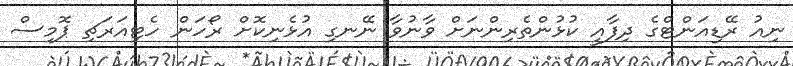
ނިއު ރޭޑިއަންޓްގެ ދިފާއީ ކުޅުންތެރިންނަށް ވާނުވާ ނޭނގި އުޅެނިކޮށް ރޯހަން ހެޓިއަރަޗި ޕޮމިސް